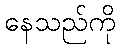
နေသည်ကို